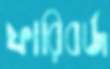
ফারিবর্জ